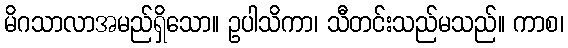
မိဂသာလာအမည်ရှိသော။ ဥပါသိကာ၊ သီတင်းသည်မသည်။ ကာစ၊